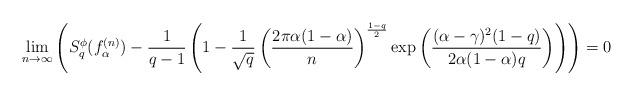
LaTeX: \begin{align*} \lim_{n \rightarrow \infty} \left( S^{\phi}_{q}(f_{\alpha}^{(n)}) - \frac{1}{q-1} \left(1-\frac{1}{\sqrt{q}} \left( \frac{ 2 \pi \alpha (1-\alpha) } {n} \right)^{\frac{1-q}{2}} \exp \left( \frac{(\alpha-\gamma)^2 (1-q)}{2\alpha (1-\alpha)q} \right) \right) \right) = 0 \end{align*}